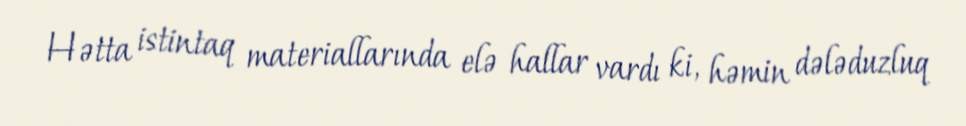
Hətta istintaq materiallarında elə hallar vardı ki, həmin dələduzluq